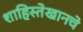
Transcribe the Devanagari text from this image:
शाहिस्तेखानचे